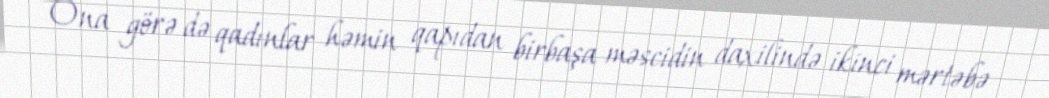
Ona görə də qadınlar həmin qapıdan birbaşa məscidin daxilində ikinci mərtəbə